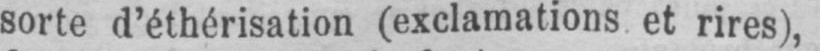
sorte d’éthérisation (exclamations et rires),